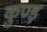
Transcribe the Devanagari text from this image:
कुण्ड़